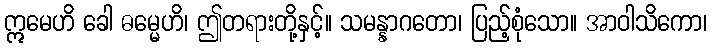
ဣမေဟိ ခေါ ဓမ္မေဟိ၊ ဤတရားတို့နှင့်။ သမန္နာဂတော၊ ပြည့်စုံသော။ အာဝါသိကော၊